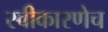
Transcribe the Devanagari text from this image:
स्वीकारणेच